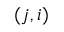
( j , i )